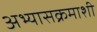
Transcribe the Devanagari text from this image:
अभ्यासक्रमाशी